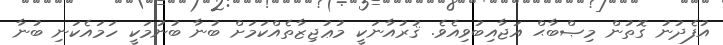
އުފެދުނު ގޮތުން މިޞްބާޙް އަޖާއިބުވިއެވެ. ޤުރުއާނަކީ މުޢުޖިޒާތެއްކަމަށް ބުނާ ބުނުމަކީ ހަމައެކަނި ބުނާ